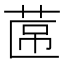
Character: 𮏕